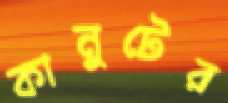
কানুটের